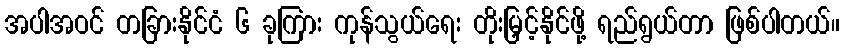
အပါအဝင် တခြားနိုင်ငံ ၆ ခုကြား ကုန်သွယ်ရေး တိုးမြှင့်နိုင်ဖို့ ရည်ရွယ်တာ ဖြစ်ပါတယ်။